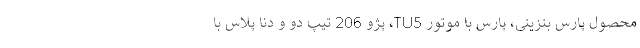
محصول پارس بنزینی، پارس با موتور TU5، پژو 206 تیپ دو و دنا پلاس با